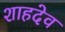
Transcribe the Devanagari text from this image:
शाहदेव